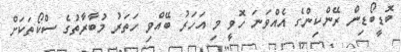
ބޮޑީބޯޑިން ރޭންކިންގެ އެއްވަނަ ހޮވީ މި އަހަރު ބޭއްވި ހަތަރު މުބާރާތުގެ ސްކޯތަކަށް